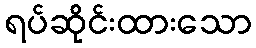
ရပ်ဆိုင်းထားသော